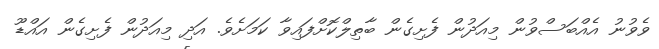
ވެވުނު އެއްބަސްވުން މިއަދުން ފެށިގެން ބާތިލްކޮށްފައިވާ ކަމަށެވެ. އަދި މިއަދުން ފެށިގެން އައްޑޫ